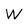
Character: W